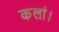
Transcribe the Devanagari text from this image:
कलां।